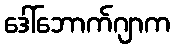
ဒေါ်ဘောက်ဂျာက